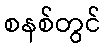
စနစ်တွင်